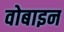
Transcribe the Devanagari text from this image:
वोबाइन